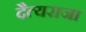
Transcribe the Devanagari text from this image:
दैत्यराजा